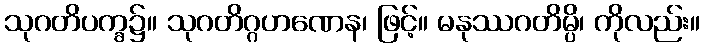
သုဂတိပက္ခ၌။ သုဂတိဂ္ဂဟဏေန၊ ဖြင့်။ မနုဿဂတိမ္ပိ၊ ကိုလည်း။